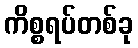
ကိစ္စရပ်တစ်ခု